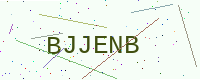
Text: BJJENB